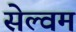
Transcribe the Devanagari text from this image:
सेल्वम